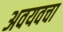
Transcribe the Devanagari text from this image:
अवयवचा